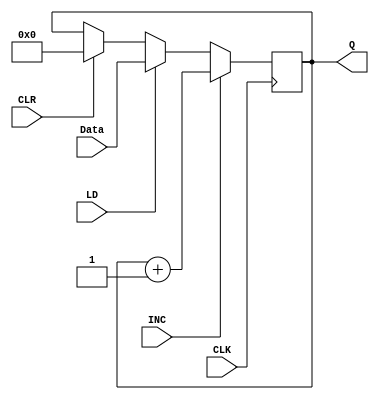
`timescale 1ns / 1ps
//////////////////////////////////////////////////////////////////////////////////
// Company: 
// Engineer: 
// 
// Design Name: 
// Module Name: PROG_COUNTER
// Project Name: 
// Target Devices: 
// Tool Versions: 
// Description: 
// 
// Dependencies: 
// 
// Revision:
// Revision 0.01 - File Created
// Additional Comments:
// 
//////////////////////////////////////////////////////////////////////////////////


module PROG_COUNTER(Q, INC, LD, CLR, Data, CLK);

	output reg [3:0] Q;
	input [3:0] Data;
	input INC, CLK, LD, CLR;
	
	initial Q = 0;
	
	always @(posedge CLK)
	
	begin
		 if(INC)
			Q = Q + 1;
			else if(LD)
			Q = Data;
			else if (CLR)
			Q =0;
	end
	
endmodule